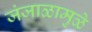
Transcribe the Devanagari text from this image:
जंजाळामुळे